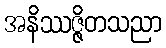
အနိဿဇ္ဇိတသညာ